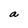
Character: a